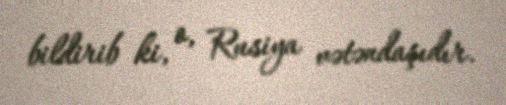
bildirib ki, o, Rusiya vətəndaşıdır.